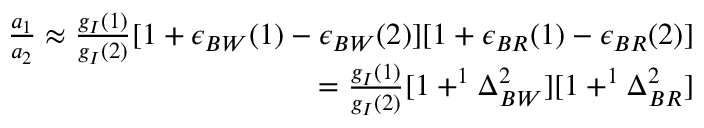
\begin{array} { r } { \frac { a _ { 1 } } { a _ { 2 } } \approx { \frac { g _ { I } { ( 1 ) } } { g _ { I } { ( 2 ) } } { [ 1 + \epsilon _ { B W } ( 1 ) - \epsilon _ { B W } ( 2 ) ] [ 1 + \epsilon _ { B R } ( 1 ) - \epsilon _ { B R } ( 2 ) ] } } } \\ { = { \frac { g _ { I } { ( 1 ) } } { g _ { I } { ( 2 ) } } { [ 1 + ^ { 1 } \Delta _ { B W } ^ { 2 } ] [ 1 + ^ { 1 } \Delta _ { B R } ^ { 2 } ] } } } \end{array}